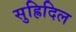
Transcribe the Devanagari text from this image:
सुह्रिदिल